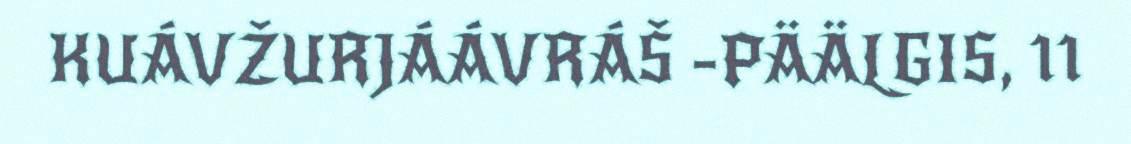
KUÁVŽURJÁÁVRÁŠ -PÄÄLGIS, 11